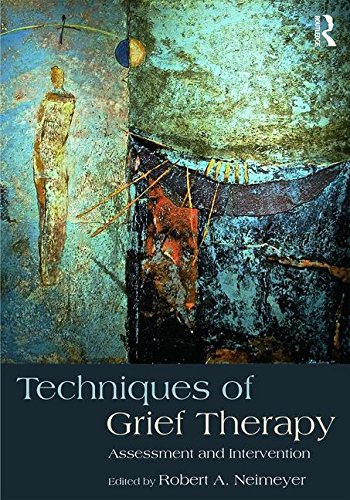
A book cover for Techniques of Grief Therapy: Assessment and Intervention (Series in Death, Dying, and Bereavement); Medical Books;